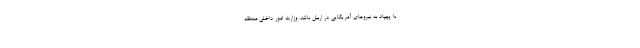
با پهپاد به نیروهای آمریکایی در اربیل باشد. وزارت امور داخلی منطقه